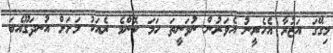
މިގޭގަ އަޒުރާ އެހެރީނު އެވަރުން ނުވަނީތަ ހަމަ ކޮންމެ ރެއަކު މަށަށް އުނދަގޫއެބަ